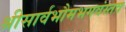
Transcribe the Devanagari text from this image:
श्रीसार्वभौमभगवंस्तव